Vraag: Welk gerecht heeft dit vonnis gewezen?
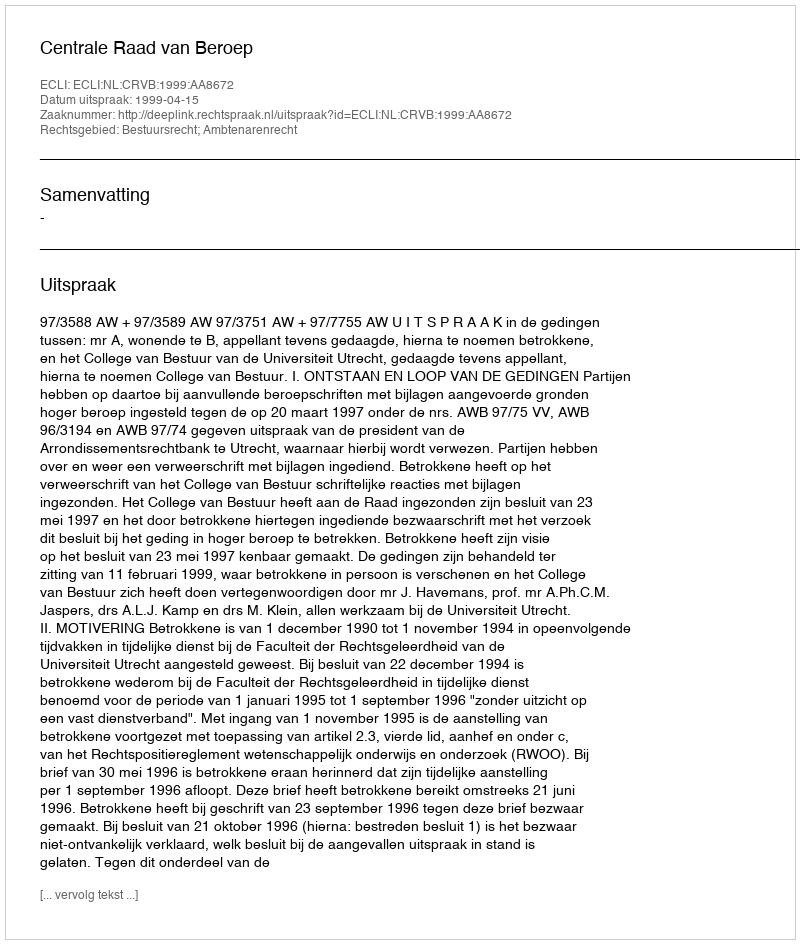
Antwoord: Centrale Raad van Beroep